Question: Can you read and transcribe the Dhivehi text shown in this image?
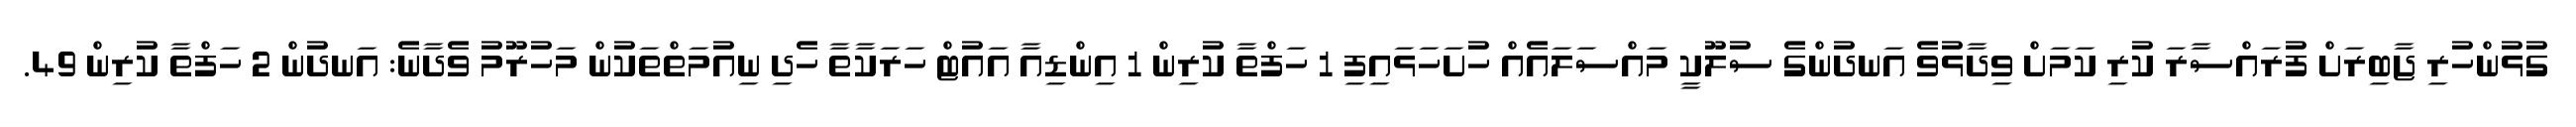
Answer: ގުޅުންހުރި ޖާބިރަށް ފުރައްސާރަ ކުރި ކަމަށް ވިދާޅުވެ އަނދުންގެ ސުލޫކީ މައްސަލައެއް ހުށަހަޅައިފި 1 ހަފްތާ ކުރިން 1 އިންޑިއާ އައުޓް ހަރަކާތާ ހެދި ނިއުމަތްތަކުން މަހުރޫމު ވެދާނެ: އަނދުން 2 ހަފްތާ ކުރިން 49.